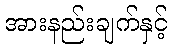
အားနည်းချက်နှင့်